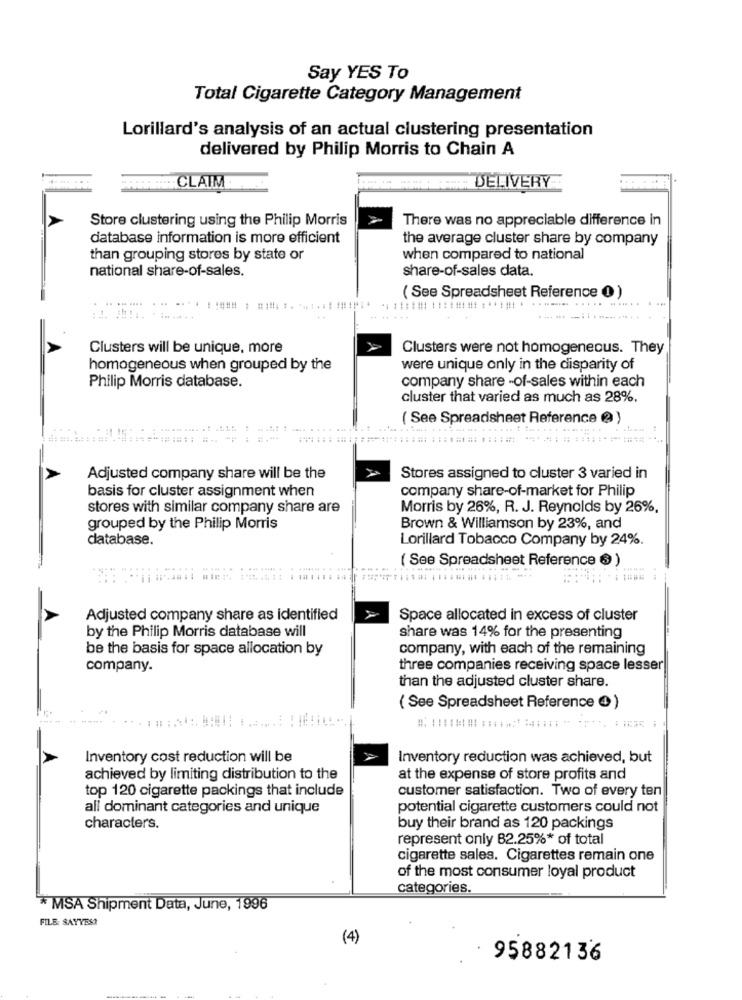
Say YES To
Total Cigarette Category Management
Lorillard's analysis of an actual clustering presentation
delivered by Philip Morris to Chain A
CLAIM
DELIVERY
Store clustering using the Philip Morris
There was no appreciable difference in
database information is more efficient
the average cluster share by company
than grouping stores by state or
when compared to national
national share-of-sales.
share-of-sales data.
.. ... ....
...
( See Spreadsheet Reference 0 )
.......... ..... .......
--
... ...
. ... ... -.. ...... ......
Clusters will be unique, more
Clusters were not homogeneous. They
homogeneous when grouped by the
were unique only in the disparity of
company share -of-sales within each
Philip Morris database.
cluster that varied as much as 28%.
( See Spreadsheet Reference @ )
Adjusted company share will be the
Stores assigned to cluster 3 varied in
company share-of-market for Philip
basis for cluster assignment when
stores with similar company share are
Morris by 26%, R. J. Reynolds by 26%,
grouped by the Philip Morris
Brown & Williamson by 23%, and
database.
Lorillard Tobacco Company by 24%.
( See Spreadsheet Reference ® )
. .....
Adjusted company share as identified
Space allocated in excess of cluster
by the Philip Morris database will
share was 14% for the presenting
be the basis for space allocation by
company, with each of the remaining
company.
three companies receiving space lesser
than the adjusted cluster share.
( See Spreadsheet Reference @)
Inventory cost reduction will be
Inventory reduction was achieved, but
achieved by limiting distribution to the
at the expense of store profits and
top 120 cigarette packings that include
customer satisfaction. Two of every ten
all dominant categories and unique
potential cigarette customers could not
characters.
buy their brand as 120 packings
represent only 82.25%* of total
cigarette sales. Cigarettes remain one
of the most consumer loyal product
categories.
* MSA Shipment Data, June, 1996
FILE: SAYYES?
(4)
95882136